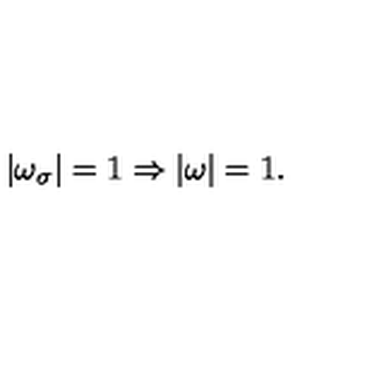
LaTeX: | \omega _ { \sigma } | = 1 \Rightarrow | \omega | = 1 .